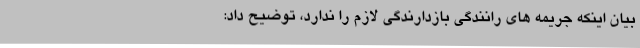
بیان اینکه جریمه های رانندگی بازدارندگی لازم را ندارد، توضیح داد: